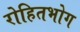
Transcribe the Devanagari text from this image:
रोहितभोग